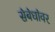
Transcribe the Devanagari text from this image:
स॓ब॓धा॓वर